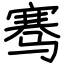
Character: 骞